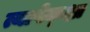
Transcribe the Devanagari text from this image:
त्यापेक्क्षा